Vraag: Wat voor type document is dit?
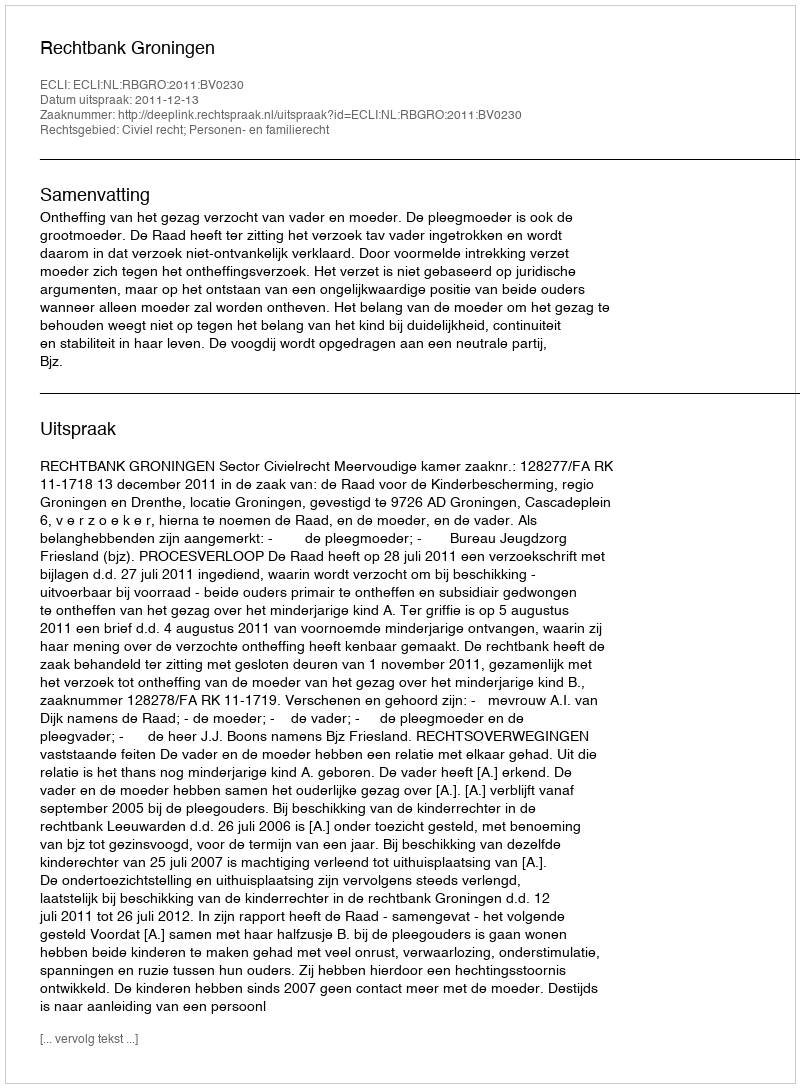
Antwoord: Uitspraak